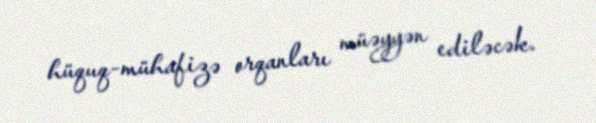
hüquq-mühafizə orqanları müəyyən ediləcək.